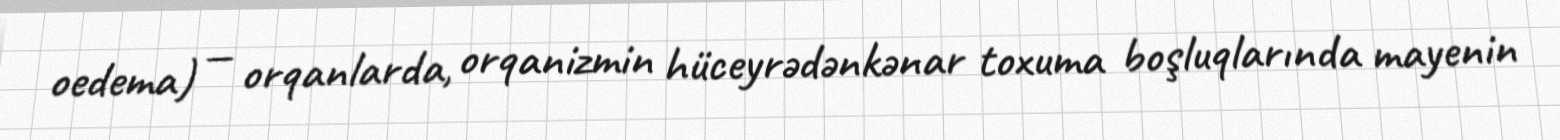
oedema) — orqanlarda, orqanizmin hüceyrədənkənar toxuma boşluqlarında mayenin